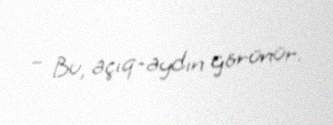
– Bu, açıq-aydın görünür.